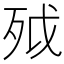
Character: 𣧡